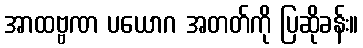
အာထဗ္ဗဏ ပယောဂ အတတ်ကို ပြဆိုခန်း။